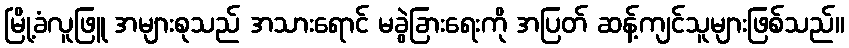
မြို့ခံလူဖြူ အများစုသည် အသားရောင် မခွဲခြားရေးကို အပြတ် ဆန့်ကျင်သူများဖြစ်သည်။